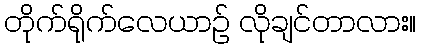
တိုက်ရိုက်လေယာဉ် လိုချင်တာလား။